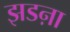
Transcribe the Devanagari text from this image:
झडऩा